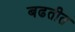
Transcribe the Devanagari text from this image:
बढतीत